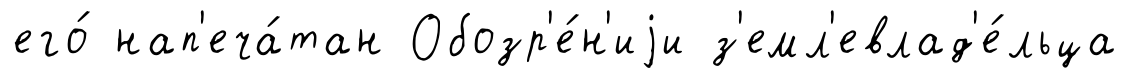
его́ нап'еча́тан Обозр'е́н'иjи з'емл'евлад'е́льца